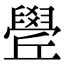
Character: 𦦛